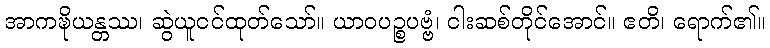
အာကဍ္ဎိယန္တဿ၊ ဆွဲယူငင်ထုတ်သော်။ ယာဝပဉ္စပဗ္ဗံ၊ ငါးဆစ်တိုင်အောင်။ ဧတိ၊ ရောက်၏။